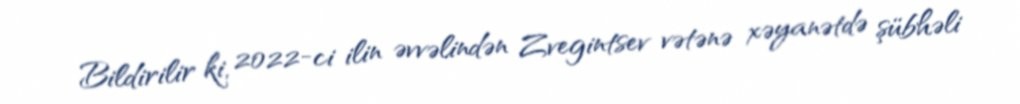
Bildirilir ki, 2022-ci ilin əvvəlindən Zvegintsev vətənə xəyanətdə şübhəli